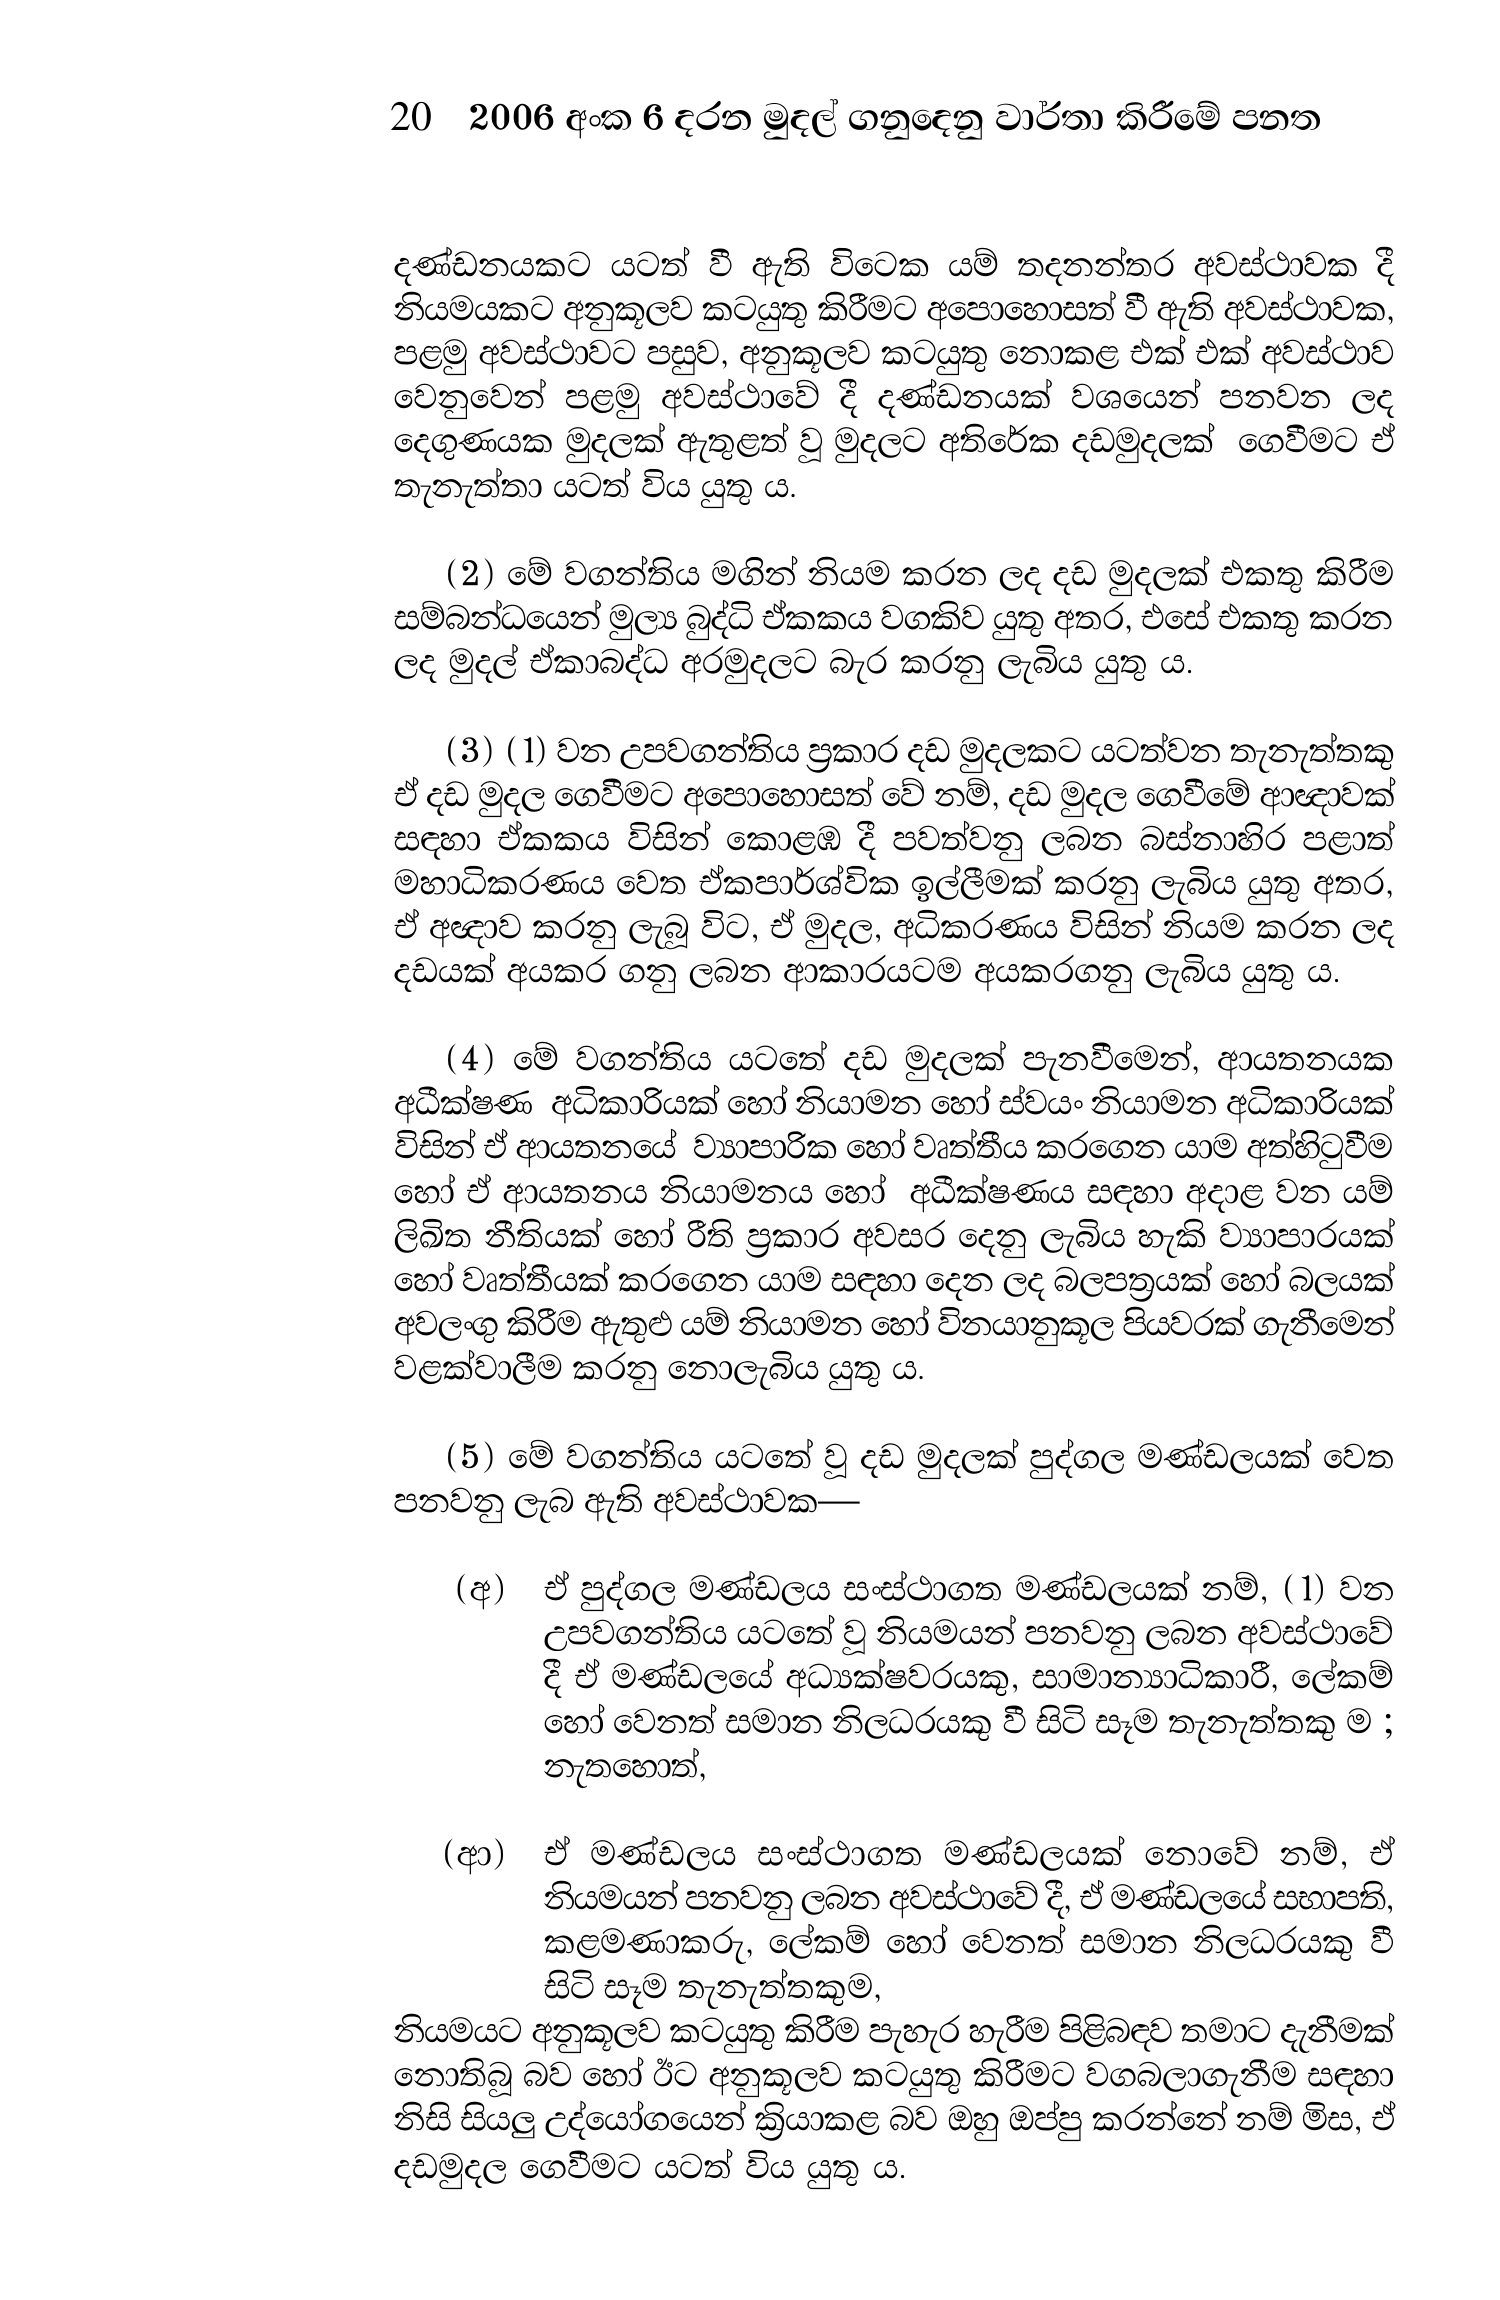
20 2006 අංක 6 දරන මුදල් ගනුදෙනු වාර්තා කිරීමේ පනත

දණ්ඩනයකට යටත් වී ඇති විටෙක යම් තදනන්තර අවස්ථාවක දී
නියමයකට අනුකූලව කටයුතු කිරීමට අපොහොසත් වී ඇති අවස්ථාවක,
පළමු අවස්ථාවට පසුව, අනුකූලව කටයුතු නොකළ එක් එක් අවස්ථාව
වෙනුවෙන් පළමු අවස්ථාවේ දී දණ්ඩනයක් වශයෙන් පනවන ලද
දෙගුණයක මුදලක් ඇතුළත් වූ මුදලට අතිරේක දඩමුදලක් ගෙවීමට ඒ
තැනැත්තා යටත් විය යුතු ය.

(2) මේ වගන්තිය මගින් නියම කරන ලද දඩ මුදලක් එකතු කිරීම
සම්බන්ධයෙන් මුල්‍ය බුද්ධි ඒකකය වගකිව යුතු අතර, එසේ එකතු කරන
ලද මුදල් ඒකාබද්ධ අරමුදලට බැර කරනු ලැබිය යුතු ය.

(3) ( 1) වන උපවගන්තිය ප්‍රකාර දඩ මුදලකට යටත්වන තැනැත්තකු
ඒ දඩ මුදල ගෙවීමට අපොහොසත් වේ නම්, දඩ මුදල ගෙවීමේ ආඥාවක්
සඳහා ඒකකය විසින් කොළඹ දී පවත්වනු ලබන බස්නාහිර පළාත්
මහාධිකරණය වෙත ඒකපාර්ශ්වික ඉල්ලීමක් කරනු ලැබිය යුතු අතර,
ඒ අඥාව කරනු ලැබූ විට, ඒ මුදල, අධිකරණය විසින් නියම කරන ලද
දඩයක් අයකර ගනු ලබන ආකාරයටම අයකරගනු ලැබිය යුතු ය.

(4) මේ වගන්තිය යටතේ දඩ මුදලක් පැනවීමෙන්, ආයතනයක
අධීක්ෂණ අධිකාරියක් හෝ නියාමන හෝ ස්වයං නියාමන අධිකාරියක්
විසින් ඒ ආයතනයේ ව්‍යාපාරික හෝ වෘත්තීය කරගෙන යාම අත්හිටුවීම
හෝ ඒ ආයතනය නියාමනය හෝ අධීක්ෂණය සඳහා අදාළ වන යම්
ලිඛිත නීතියක් හෝ රීති ප්‍රකාර අවසර දෙනු ලැබිය හැකි ව්‍යාපාරයක්
හෝ වෘත්තීයක් කරගෙන යාම සඳහා දෙන ලද බලපත්‍රයක් හෝ බලයක්
අවලංගු කිරීම ඇතුළු යම් නියාමන හෝ විනයානුකූල පියවරක් ගැනීමෙන්
වළක්වාලීම කරනු නොලැබිය යුතු ය.

(5) මේ වගන්තිය යටතේ වූ දඩ මුදලක් පුද්ගල මණ්ඩලයක් වෙත
පනවනු ලැබ ඇති අවස්ථාවක—

(අ) ඒ පුද්ගල මණ්ඩලය සංස්ථාගත මණ්ඩලයක් නම්, (1) වන
උපවගන්තිය යටතේ වූ නියමයන් පනවනු ලබන අවස්ථාවේ
දී ඒ මණ්ඩලයේ අධ්‍යක්ෂවරයකු, සාමාන්‍යාධිකාරී, ලේකම්
හෝ වෙනත් සමාන නිලධරයකු වී සිටි සෑම තැනැත්තකු ම ;
නැතහොත්,

(ආ) ඒ මණ්ඩලය සංස්ථාගත මණ්ඩලයක් නොවේ නම්, ඒ
නියමයන් පනවනු ලබන අවස්ථාවේ දී, ඒ මණ්ඩලයේ සභාපති,
කළමණාකරු, ලේකම් හෝ වෙනත් සමාන නිලධරයකු වී
සිටි සෑම තැනැත්තකුම,
නියමයට අනුකූලව කටයුතු කිරීම පැහැර හැරීම පිළිබඳව තමාට දැනීමක්
නොතිබූ බව හෝ ඊට අනුකූලව කටයුතු කිරීමට වගබලාගැනීම සඳහා
නිසි සියලු උද්යෝගයෙන් ක්‍රියාකළ බව ඔහු ඔප්පු කරන්නේ නම් මිස, ඒ
දඩමුදල ගෙවීමට යටත් විය යුතු ය.